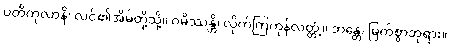
ပတိကုလာနိ၊ လင်၏အိမ်တို့သို့။ ဂမိဿန္တိ၊ လိုက်ကြကုန်လတ္တံ့။ ဘန္တေ၊ မြတ်စွာဘုရား။